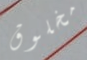
مخلوق